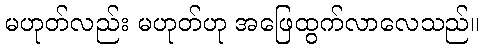
မဟုတ်လည်း မဟုတ်ဟု အဖြေထွက်လာလေသည်။